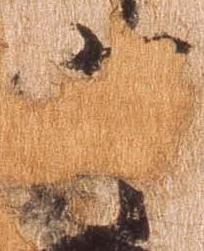
守